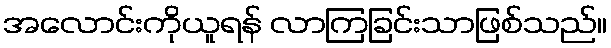
အလောင်းကိုယူရန် လာကြခြင်းသာဖြစ်သည်။